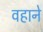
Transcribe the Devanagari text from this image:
वहाने